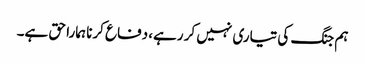
ہم جنگ کی تیاری نہیں کر رہے، دفاع کرنا ہمارا حق ہے۔